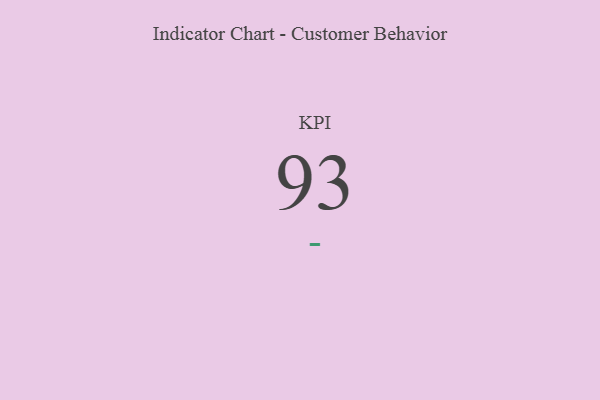
{"axis": {"x": "KPI", "y": "Value"}, "legend": [""], "data": [{"x": "KPI", "y": 93, "type": ""}]}